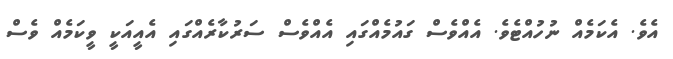
އެވެ. އެކަމެއް ނުހުއްޓެވެ. އެއްވެސް ގައުމެއްގައި އެއްވެސް ސަރުކާރެއްގައި އެއީއަކީ ވީކަމެއް ވެސް